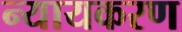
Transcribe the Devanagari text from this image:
न्यायकरण